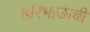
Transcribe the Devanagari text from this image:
हरिभाऊंची